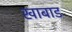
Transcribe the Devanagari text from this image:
खाबाड